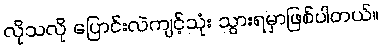
လိုသလို ပြောင်းလဲကျင့်သုံး သွားရမှာဖြစ်ပါတယ်။